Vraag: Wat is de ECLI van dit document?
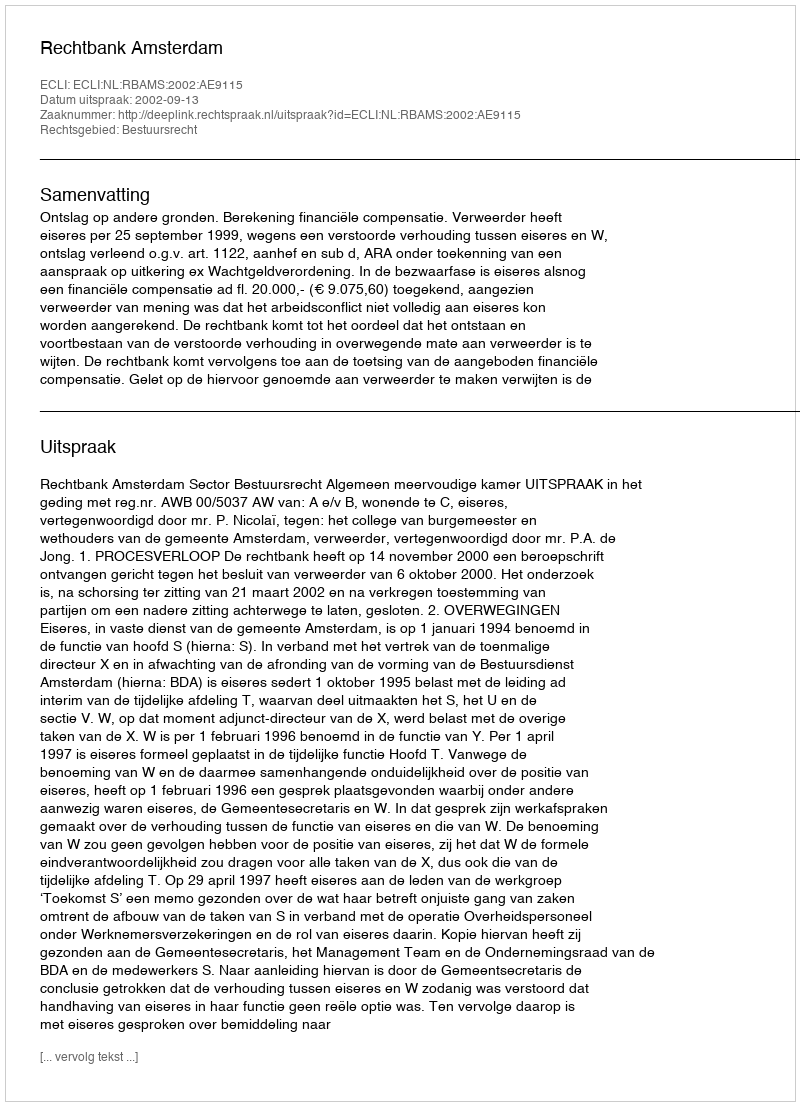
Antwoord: ECLI:NL:RBAMS:2002:AE9115